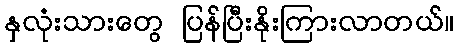
နှလုံးသားတွေ ပြန်ပြီးနိုးကြားလာတယ်။